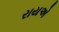
રાયએ